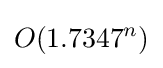
O(1.7347^{n})